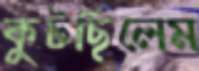
কুটছিলেম